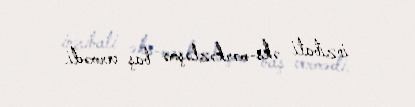
inzibati əks-mərkəzləşmə baş vermədi.